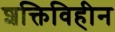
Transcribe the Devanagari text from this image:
शक्तिविहीन